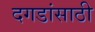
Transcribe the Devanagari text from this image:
दगडांसाठी